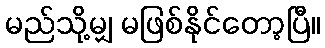
မည်သို့မျှ မဖြစ်နိုင်တော့ပြီ။